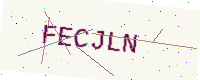
Text: FECJLN